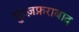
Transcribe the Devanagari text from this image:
मुज़्ज़फ़राबाद